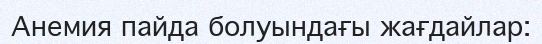
Анемия пайда болуындағы жағдайлар: